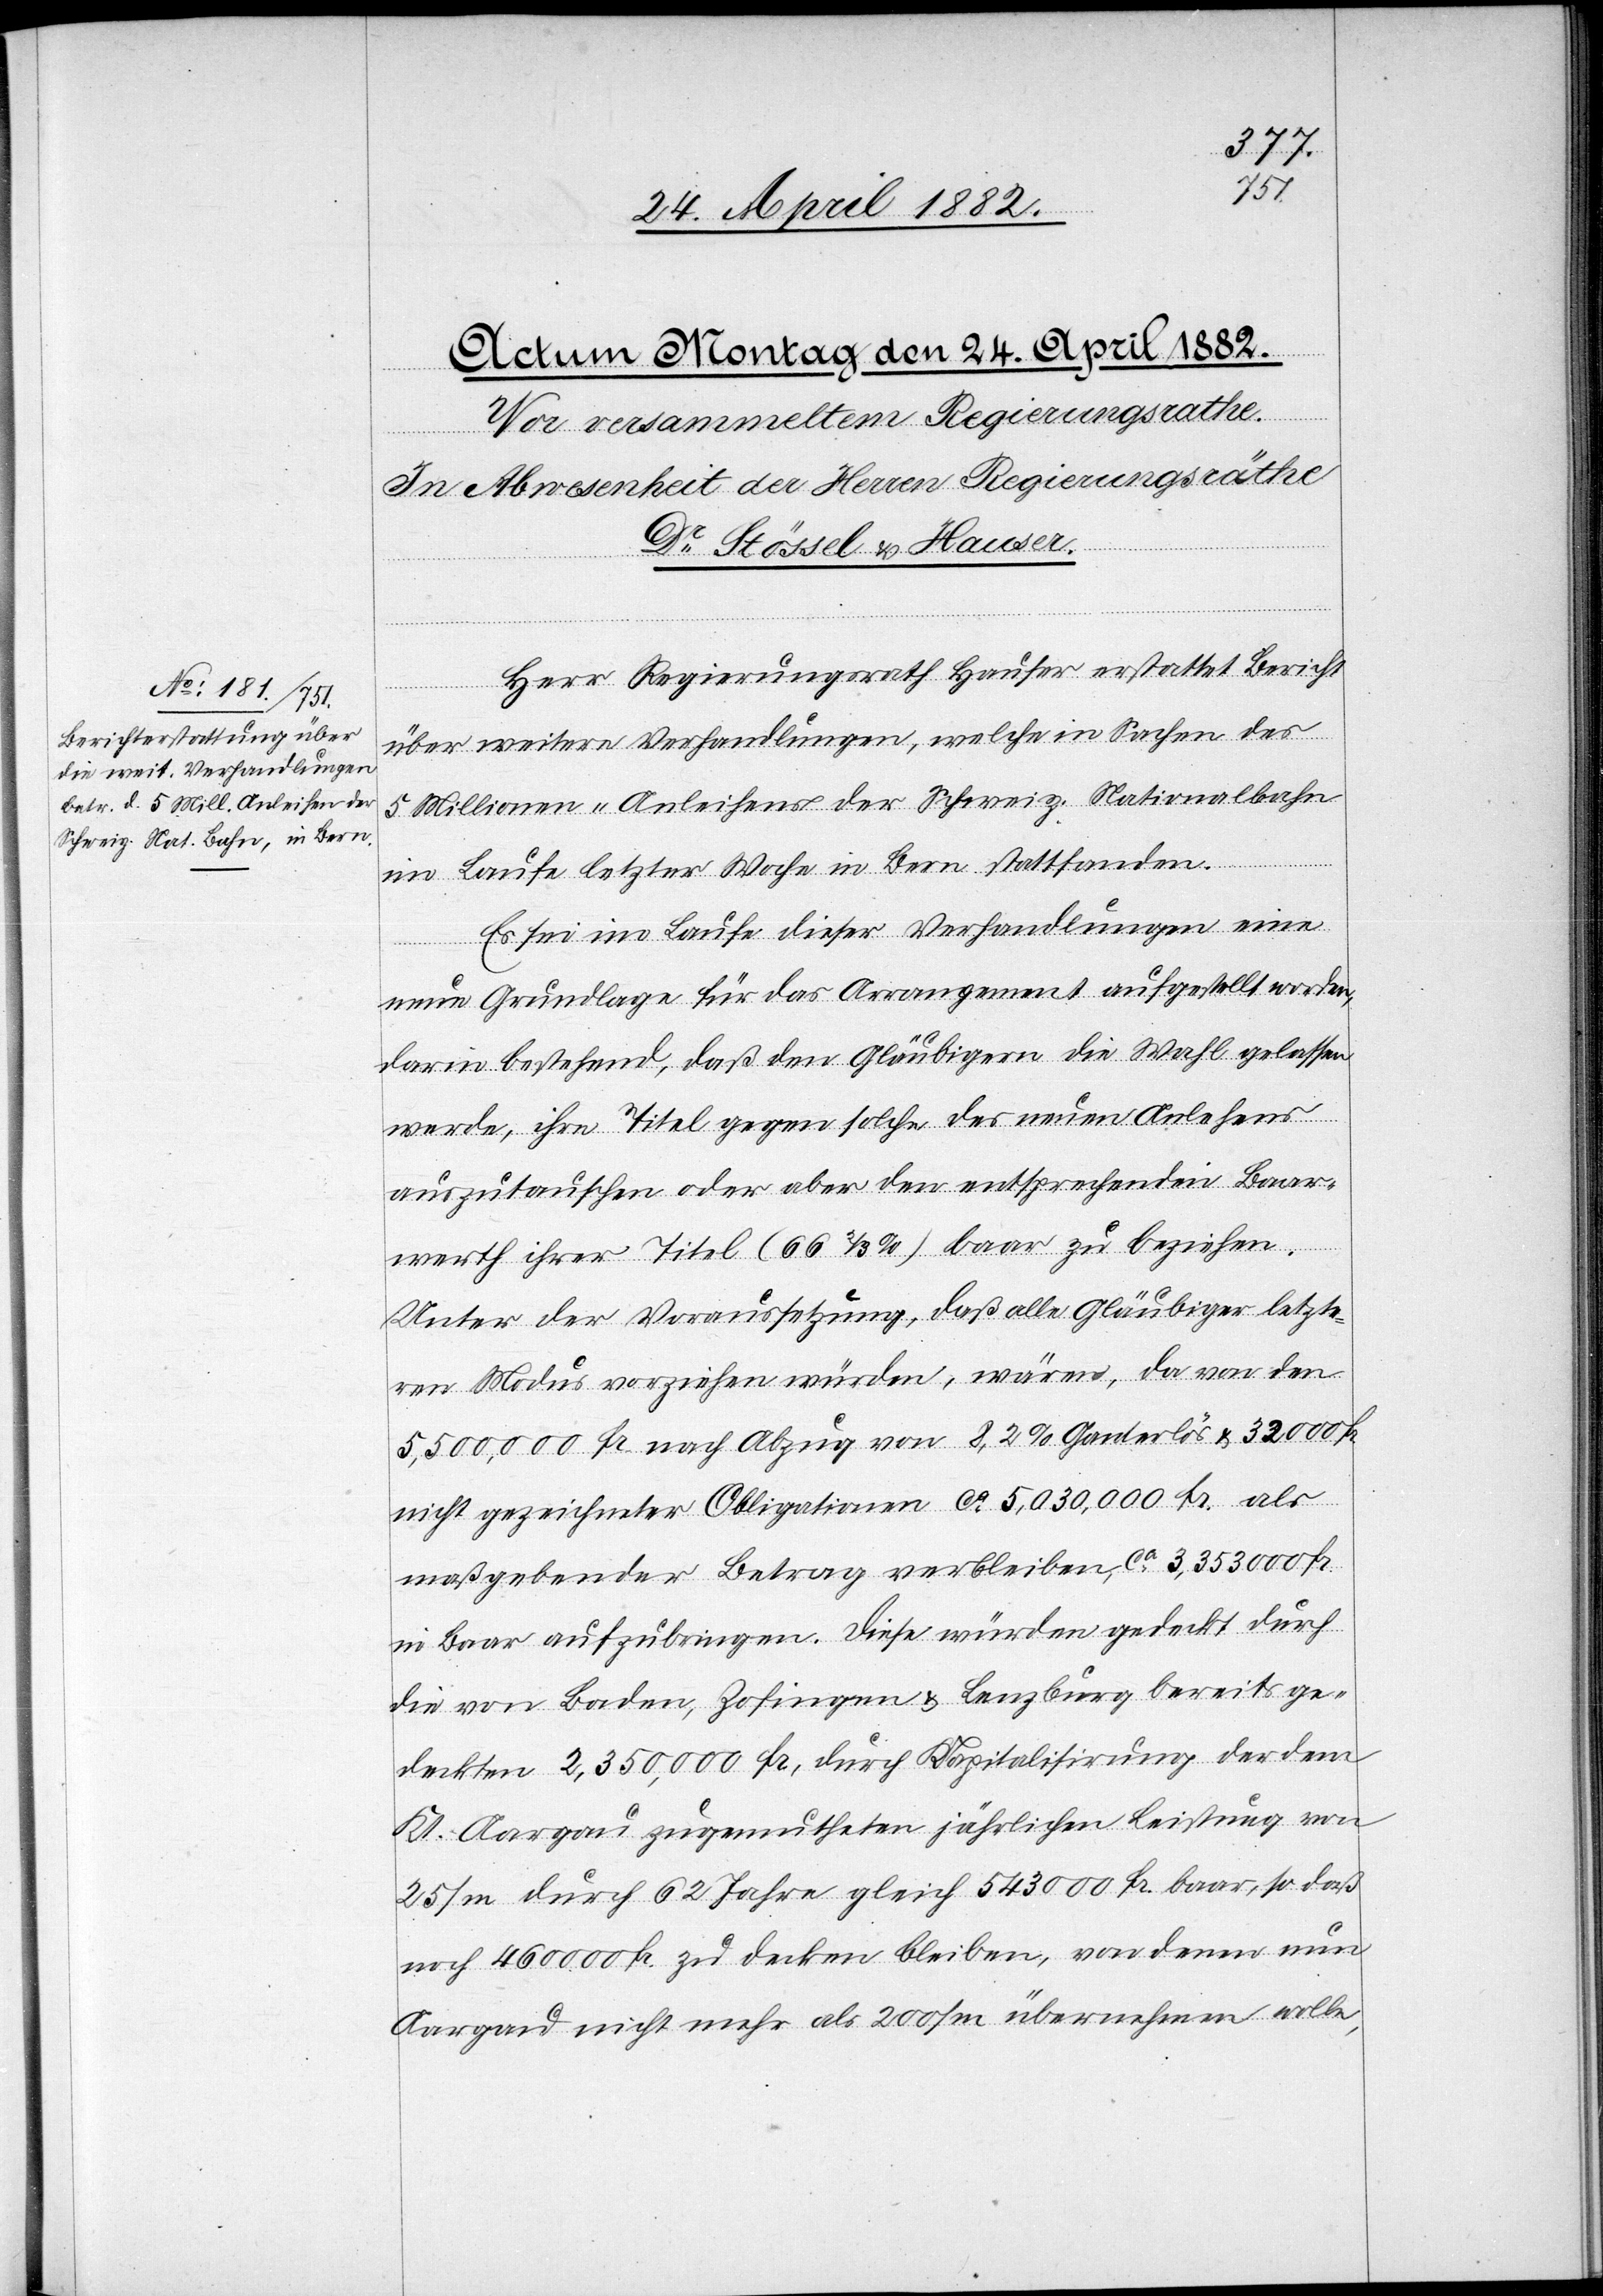
Herr Regierungsrath Hauser erstattet Bericht
über weitere Verhandlungen, welche in Sachen des
5 Millionen-Anleihens der Schweiz. Nationalbahn
im Laufe letzter Woche in Bern stattfanden.
Es sei im Laufe dieser Verhandlungen eine
neue Grundlage für das Arrangement aufgestellt worden,
darin bestehend, daß den Gläubigern die Wahl gelassen
werde, ihre Titel gegen solche des neuen Anlehens
auszutauschen oder aber den entsprechenden Baar¬
werth ihrer Titel (66 2/3%) baar zu beziehen.
Unter der Voraussetzung, daß alle Gläubiger letzte¬
ren Modus vorziehen würden, wären, da von den
5,500,000 Fr. nach Abzug von 8,2% Ga[?r]derlös & 32 000 Fr.
nicht gezeichneter Obligationen ca 5,030,000 Fr. als
maßgebender Betrag verbleiben, ca 3,353,000 Fr.
in Baar aufzubringen. Diese würden gedeckt durch
die von Baden, Zofingen & Lenzburg bereits ge¬
deckten 2,350,000 Fr., durch Kapitalisirung der dem
Kt. Aargau zugemutheten jährlichen Leistung von
25/m durch 62 Jahre gleich 543 000 Fr. baar, so daß
noch 460 000 Fr. zu decken bleiben, von denen nun
Aargau nicht mehr als 200/m übernehmen wolle,